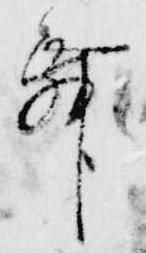
舞